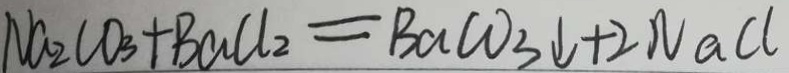
N a _ { 2 } C O _ { 3 } + B a C l _ { 2 } = B a C O _ { 3 } \downarrow + 2 N a C l